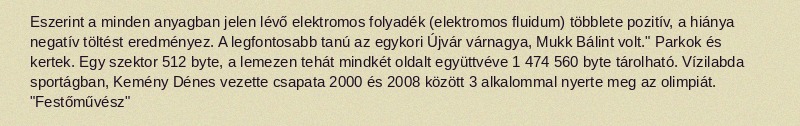
Eszerint a minden anyagban jelen lévő elektromos folyadék (elektromos fluidum) többlete pozitív, a hiánya negatív töltést eredményez. A legfontosabb tanú az egykori Újvár várnagya, Mukk Bálint volt." Parkok és kertek. Egy szektor 512 byte, a lemezen tehát mindkét oldalt együttvéve 1 474 560 byte tárolható. Vízilabda sportágban, Kemény Dénes vezette csapata 2000 és 2008 között 3 alkalommal nyerte meg az olimpiát. "Festőművész"